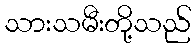
သားသမီးတို့သည်